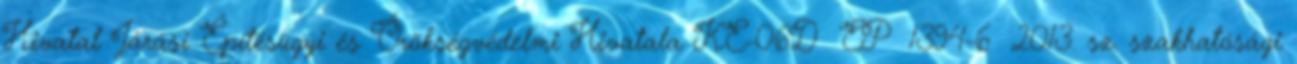
Hivatal Járási Építésügyi és Örökségvédelmi Hivatala KE-06D EP 1394-6 2013. sz. szakhatósági